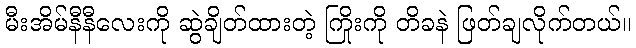
မီးအိမ်နီနီလေးကို ဆွဲချိတ်ထားတဲ့ ကြိုးကို တိခနဲ ဖြတ်ချလိုက်တယ်။